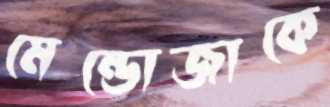
মেন্ডোজাকে